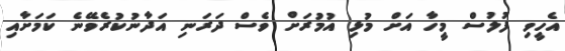
އެހީވި ފުލުސް މީހާ އަށް މުޅި އުމުރަށް ވެސް ދަރަނި އަދާނުކުރެވޭނެ ކަމަށާއި